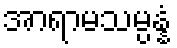
အာရာမသမ္ပန္နံ